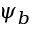
\psi _ { b }